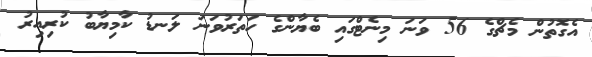
އެގޮތުން މެޗްގެ 56 ވަނަ މިނެޓްގައި ބެޔާންގެ ހަތަރުވަނަ ލަނޑު ކާމިޔާބު ކުރިއިރު